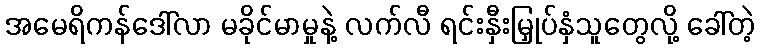
အမေရိကန်ဒေါ်လာ မခိုင်မာမှုနဲ့ လက်လီ ရင်းနှီးမြှုပ်နှံသူတွေလို့ ခေါ်တဲ့